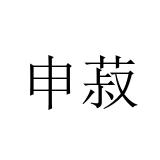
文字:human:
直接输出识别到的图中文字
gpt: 申菽